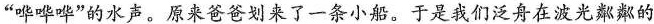
”哗哗哗”的水声。原来爸爸划来了一条小船。于是我们泛舟在波光粼粼的